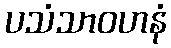
ပသံသာဝဟနံ